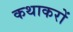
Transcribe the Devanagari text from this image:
कथाकरों